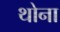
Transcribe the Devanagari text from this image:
थोना